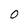
Character: O